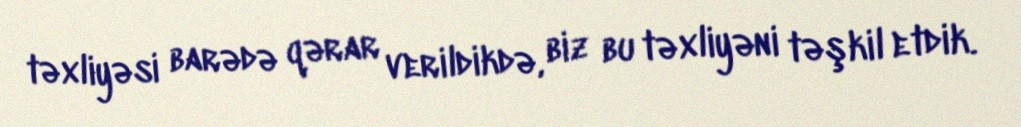
təxliyəsi barədə qərar verildikdə, biz bu təxliyəni təşkil etdik.